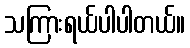
သကြားရယ်ပါပါတယ်။